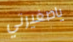
ياصغيرتي